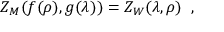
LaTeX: Z _ { M } ( f ( \rho ) , g ( \lambda ) ) = Z _ { W } ( \lambda , \rho ) \; \; ,